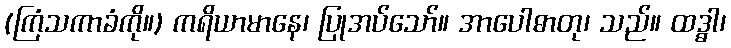
(ကြံသကာခံကို။) ကရိယာမာနေ၊ ပြုအပ်သော်။ အာပေါဓာတု၊ သည်။ ထဒ္ဓါ၊